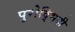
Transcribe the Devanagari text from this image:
पुरोद्भिदी